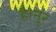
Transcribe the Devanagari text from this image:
है।नूर